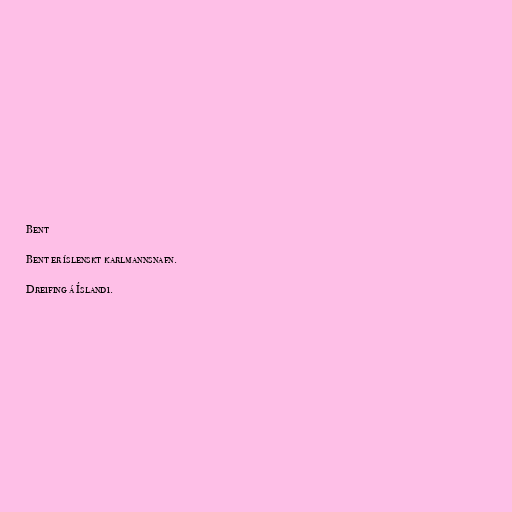
Bent

Bent er íslenskt karlmannsnafn.

Dreifing á Íslandi.